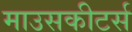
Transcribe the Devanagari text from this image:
माउसकीटर्स